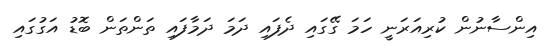
އިންސާނުން ކުރިއަރަނީ ހަމަ ގޭގައި ދެފައި ދަމަ ދަމާފައި ތަންތަން ބޮޑު އަގުގައި